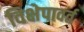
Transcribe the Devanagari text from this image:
विक्षेपावर्त